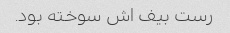
رست بیف اش سوخته بود.